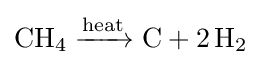
{\mathrm {CH} {\vphantom {A}}_{\smash[{t}]{4}}{}\mathrel {\xrightarrow {\text{heat}} } {}\mathrm {C} {}+{}2\,\mathrm {H} {\vphantom {A}}_{\smash[{t}]{2}}}